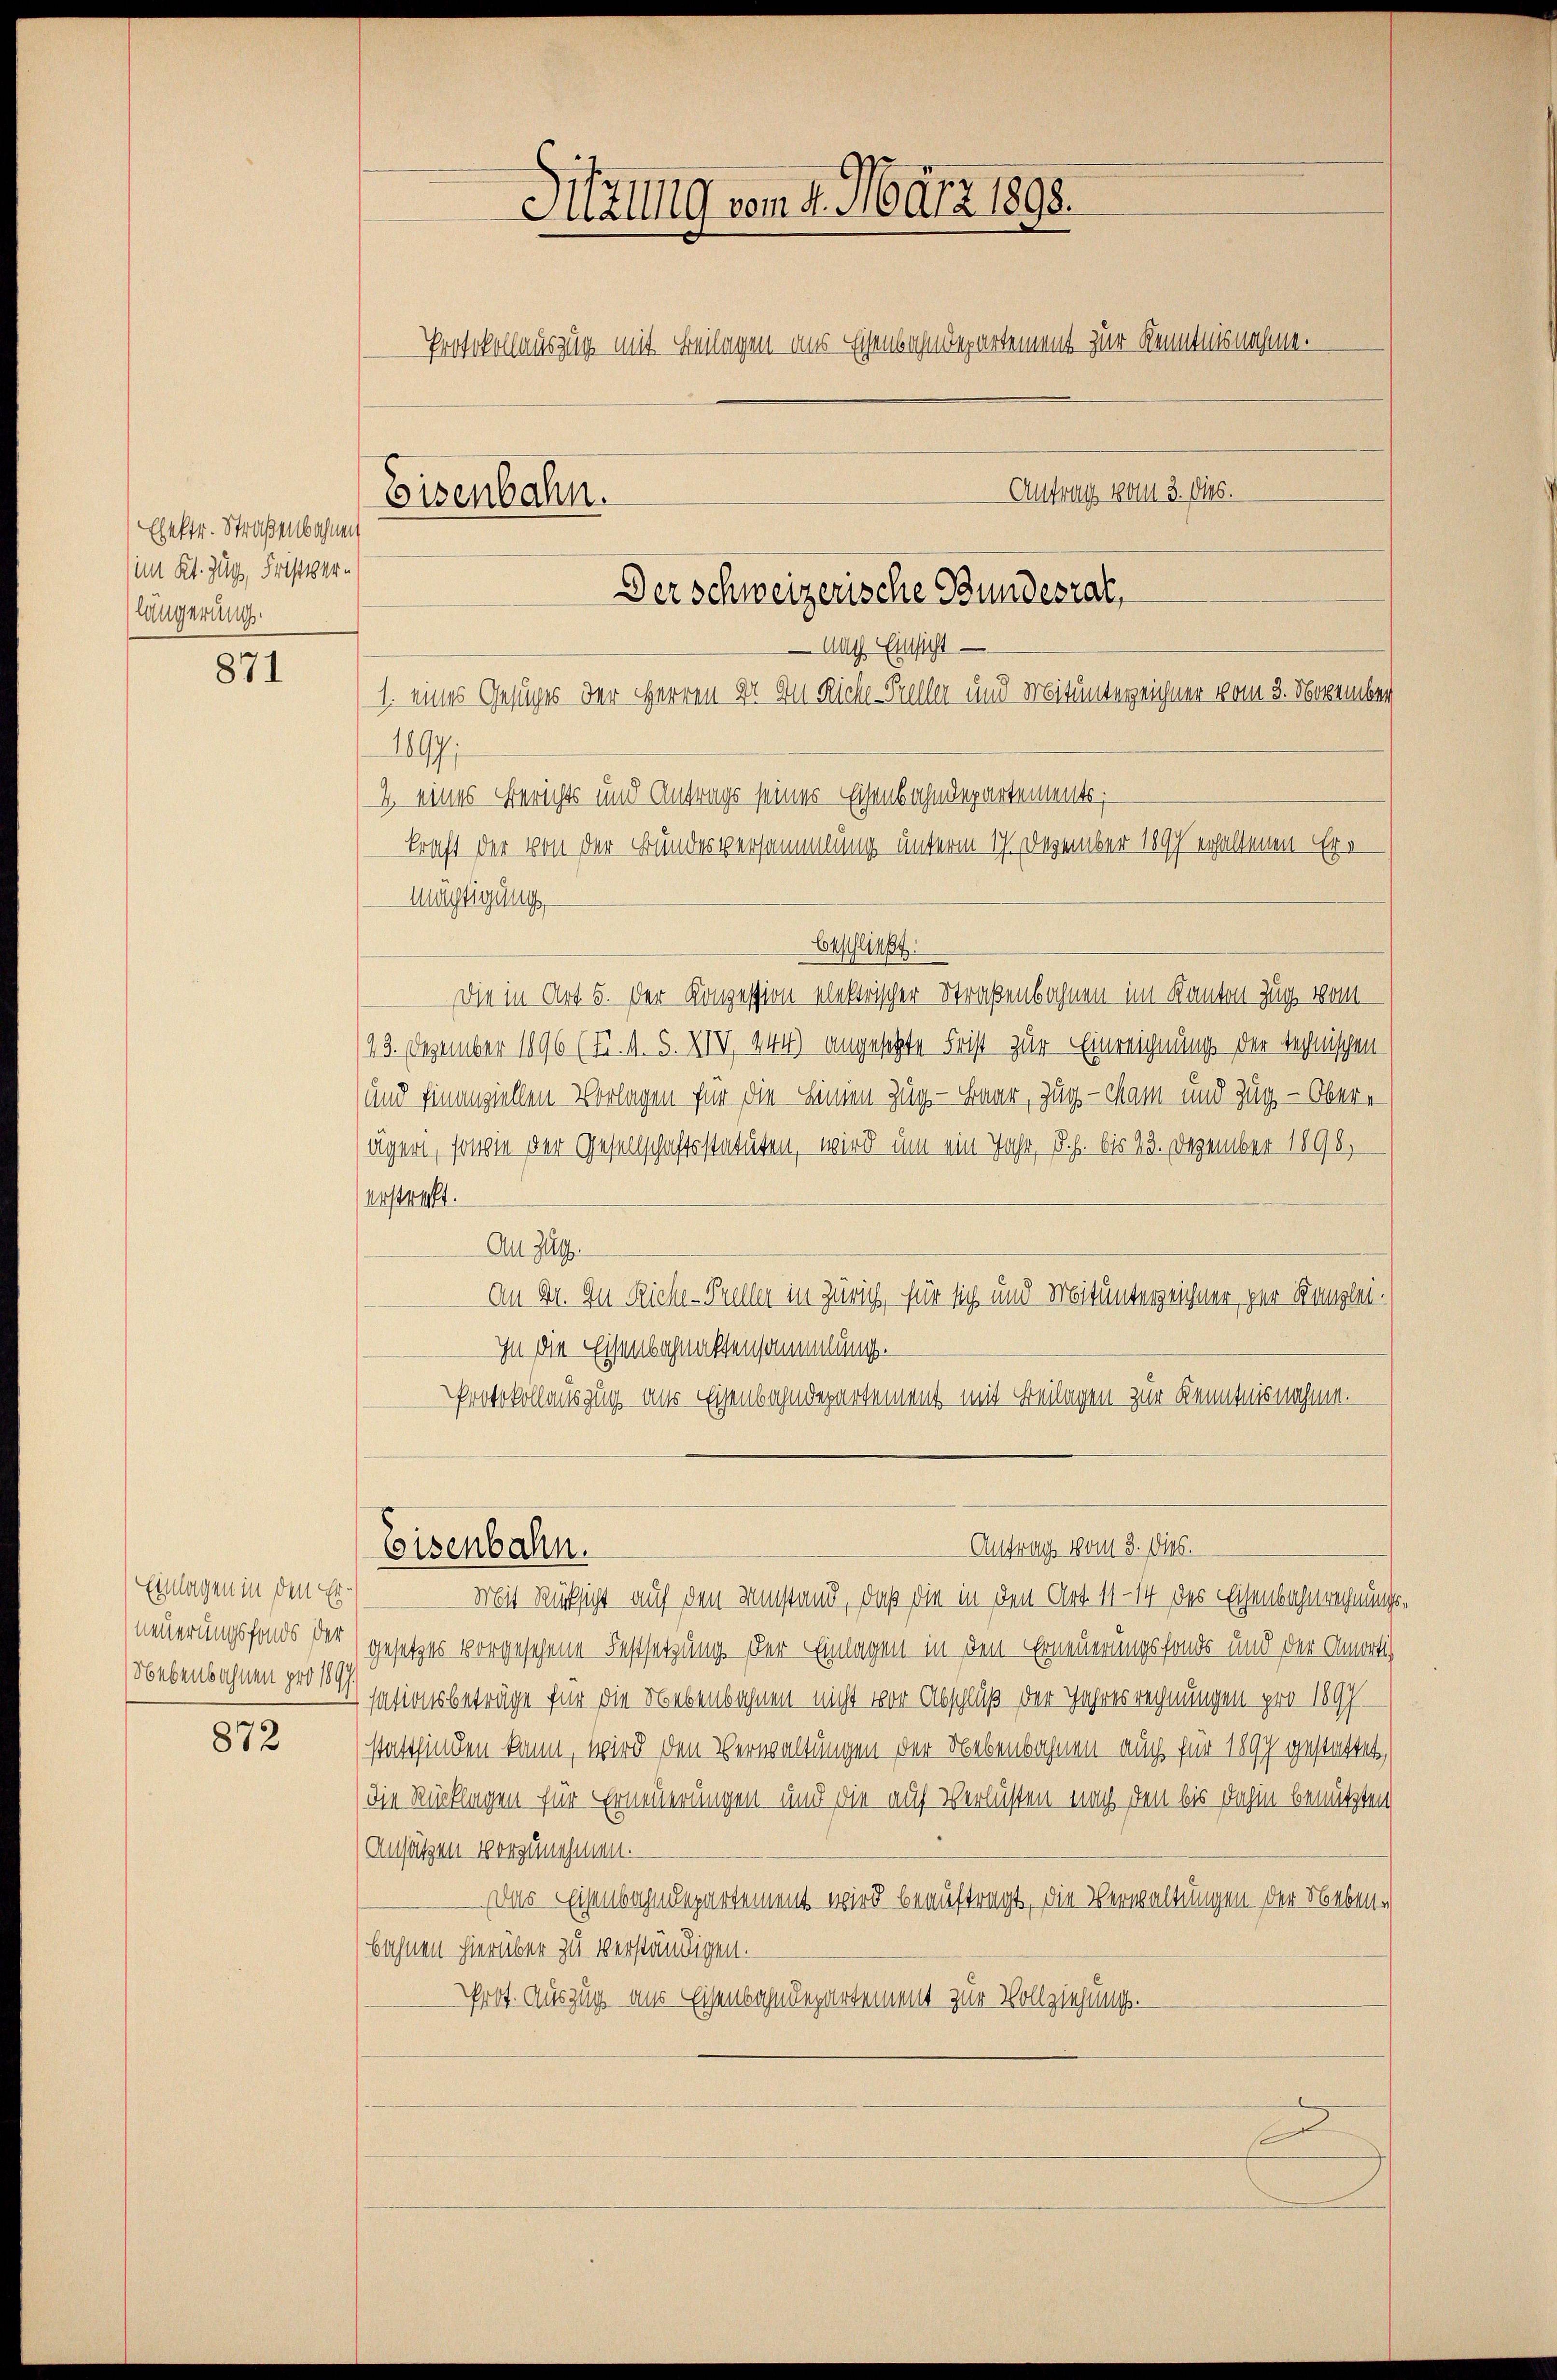
Ehektr. Straßenbahnen
(im Kt. Zug, Fristerlängerung.

871

Einlagen in den Erneuerungsfonds der
Nebenbahnen pro 1897.

872

Sitzung vom 4. März 1898.
Protokollauszug mit Beilagen aus Eisenbahndepartement zur Kenntnisnahme.
 Antrag vom 3. dies.
Eisenbahn.
Der schweizerische Bundesrat,

nach Einsicht
1. eines Gesuches der Herren Dr. An Riche Steller und Mitunterzeichner vom 3. November
1897,
4. eines Berichts und Antrags seines Eisenbahndepartements;
kraft der von der Bundesversammlung unterm 17. Dezember 1897 erhaltenen Ere
Mächtigung
Beschließt:
Die in Art 5. der Konzession elektrischer Straßenbahnen im Kanton Zug vom
/23. Dezember 1896 (5. 4. S. XVII 244) angesetzte Frist zur Einreichnung der technischen
und finanziellen Vorlagen für die Linien Zug - Baar, Zug - Mam und Zug - Obere
Jägeri, sowie der Gesellschaftsstatuten, wird um ein Jahr, d. h. bis 23. Dezember 1890,
erstraft.
An Zug.
An Nr. In Rich-Preller in Zürich, für sich und Mitunterzeichner, per Komplet¬
In die Eisenbahnaktensammlung.
Protokollauszug aus Eisenbahndepartement mit Beilagen zur Kenntnisnahme.
 Antrag vom 3. Dies.
Eisenbahn.
Mit Rücksicht auf den Umstand, daß die in den Art 11 - 14 des Eisenbahnrechnung
gesetzes vorgesehene Festsetzung der Einlagen in den Erneuerungsfonds und der Anwerti
sationsbeträge für die Nebenbahnen nicht vor Abschluß der Jahresrechnungen pro 1897
stattfinden kann, wird den Verwaltungen der Nebenbahnen auch für 1897 gestattet,
(die Rücklagen für Erneuerungen und die auf Verlüsten nach den bis dahin benützten
(Ansätzen vorzunehmen.
Das Eisenbahndepartement wird beauftragt, die Verwaltungen der Nebenbahnen hierüber zu verständigen.
Prot. Auszug aus Eisenbahndepartement zur Vollziehung.
E